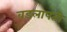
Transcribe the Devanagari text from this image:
वडलापती